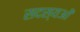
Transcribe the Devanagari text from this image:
सदस्यओं